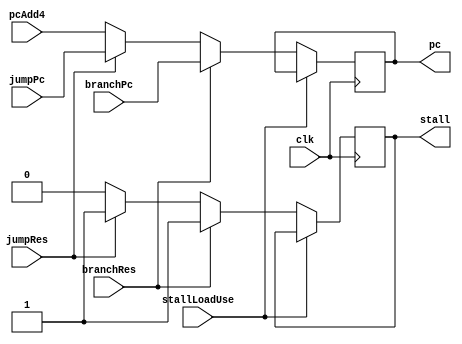
`timescale 1ns / 1ps
//////////////////////////////////////////////////////////////////////////////////
// Company: 
// Engineer: 
// 
// Design Name: 
// Module Name: mux_pc
// Project Name: 
// Target Devices: 
// Tool Versions: 
// Description: 
// 
// Dependencies: 
// 
// Revision:
// Revision 0.01 - File Created
// Additional Comments:
// 
//////////////////////////////////////////////////////////////////////////////////


module mux_pc(
    input clk,
    input stallLoadUse,
    input branchRes,
    input [31:0] branchPc,
    input jumpRes,
    input [31:0] jumpPc,
    input [31:0] pcAdd4,
    output reg [31:0] pc,
    output reg stall
    );
    
    initial begin
        pc<=0;
        stall<=0;
    end
    
    always @ (posedge clk)
    begin
        if(!stallLoadUse)
        begin
        if(branchRes)
        begin
            pc<=branchPc;
            stall<=1;
        end
        else if(jumpRes)
        begin
            pc<=jumpPc;
            stall<=1;
        end
        else
        begin
            pc<=pcAdd4;
            stall<=0;
        end
        end
    end
    
    
endmodule